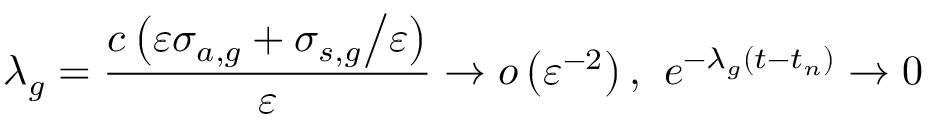
\lambda _ { g } = \frac { c \left( \varepsilon \sigma _ { a , g } + { \sigma _ { s , g } \mathord { \left/ { \vphantom { \sigma _ { s , g } \varepsilon } } \right. \kern - \nulldelimiterspace } \varepsilon } \right) } { \varepsilon } \to o \left( \varepsilon ^ { - 2 } \right) \mathrm { , } \; \; e ^ { - \lambda _ { g } \left( t - t _ { n } \right) } \to 0